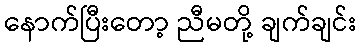
နောက်ပြီးတော့ ညီမတို့ ချက်ချင်း